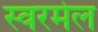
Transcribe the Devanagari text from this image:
स्वरमेल